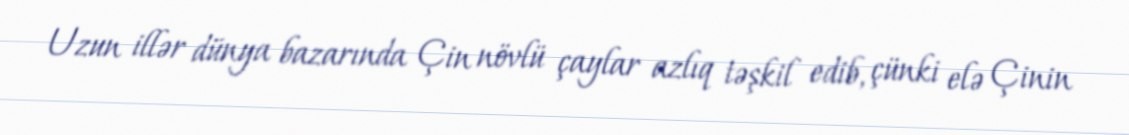
Uzun illər dünya bazarında Çin növlü çaylar azlıq təşkil edib, çünki elə Çinin